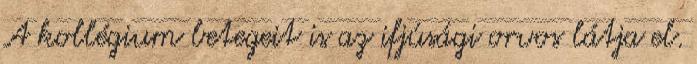
A kollégium betegeit is az ifjúsági orvos látja el.